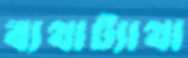
ব্যথাট্যাথা